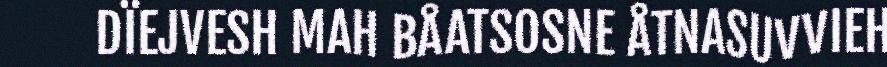
DÏEJVESH MAH BÅATSOSNE ÅTNASUVVIEH